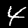
Label: 4